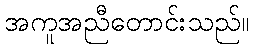
အကူအညီတောင်းသည်။